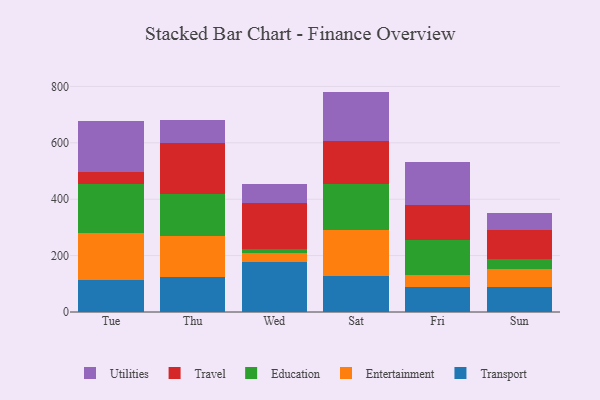
{"axis": {"x": "Day", "y": "Population (Million)"}, "legend": ["Education", "Entertainment", "Transport", "Travel", "Utilities"], "data": [{"x": "Tue", "y": 113.8, "type": "Transport"}, {"x": "Tue", "y": 167.9, "type": "Entertainment"}, {"x": "Tue", "y": 171.0, "type": "Education"}, {"x": "Tue", "y": 44.9, "type": "Travel"}, {"x": "Tue", "y": 178.0, "type": "Utilities"}, {"x": "Thu", "y": 124.9, "type": "Transport"}, {"x": "Thu", "y": 145.4, "type": "Entertainment"}, {"x": "Thu", "y": 149.8, "type": "Education"}, {"x": "Thu", "y": 178.1, "type": "Travel"}, {"x": "Thu", "y": 83.2, "type": "Utilities"}, {"x": "Wed", "y": 176.6, "type": "Transport"}, {"x": "Wed", "y": 32.5, "type": "Entertainment"}, {"x": "Wed", "y": 15.3, "type": "Education"}, {"x": "Wed", "y": 161.8, "type": "Travel"}, {"x": "Wed", "y": 67.0, "type": "Utilities"}, {"x": "Sat", "y": 128.9, "type": "Transport"}, {"x": "Sat", "y": 160.9, "type": "Entertainment"}, {"x": "Sat", "y": 164.5, "type": "Education"}, {"x": "Sat", "y": 152.1, "type": "Travel"}, {"x": "Sat", "y": 175.2, "type": "Utilities"}, {"x": "Fri", "y": 90.4, "type": "Transport"}, {"x": "Fri", "y": 39.9, "type": "Entertainment"}, {"x": "Fri", "y": 126.5, "type": "Education"}, {"x": "Fri", "y": 123.4, "type": "Travel"}, {"x": "Fri", "y": 150.3, "type": "Utilities"}, {"x": "Sun", "y": 88.6, "type": "Transport"}, {"x": "Sun", "y": 64.1, "type": "Entertainment"}, {"x": "Sun", "y": 35.3, "type": "Education"}, {"x": "Sun", "y": 103.3, "type": "Travel"}, {"x": "Sun", "y": 60.7, "type": "Utilities"}]}